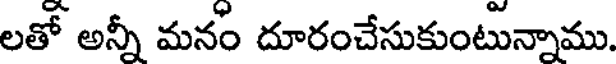
లతో అన్నీ మనం దూరంచేసుకుంటున్నాము.